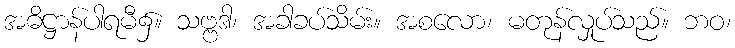
အဓိဋ္ဌာန်ပါရမီ၌။ သဗ္ဗဒါ၊ အခါခပ်သိမ်း။ အစလော၊ မတုန်လှုပ်သည်။ ဘဝ၊